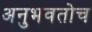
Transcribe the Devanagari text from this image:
अनुभवतोच